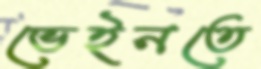
ভেইনতে